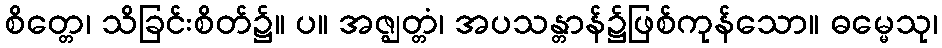
စိတ္တေ၊ သိခြင်းစိတ်၌။ ပ။ အဇ္ဈတ္တံ၊ အပသန္တာန်၌ဖြစ်ကုန်သော။ ဓမ္မေသု၊